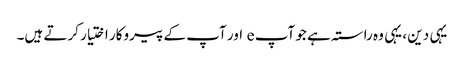
یہی دین ، یہی وہ راستہ ہے جو آپ e اور آپ کے پیروکار اختیار کرتے ہیں۔